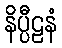
နိပ္ပီဠနံ